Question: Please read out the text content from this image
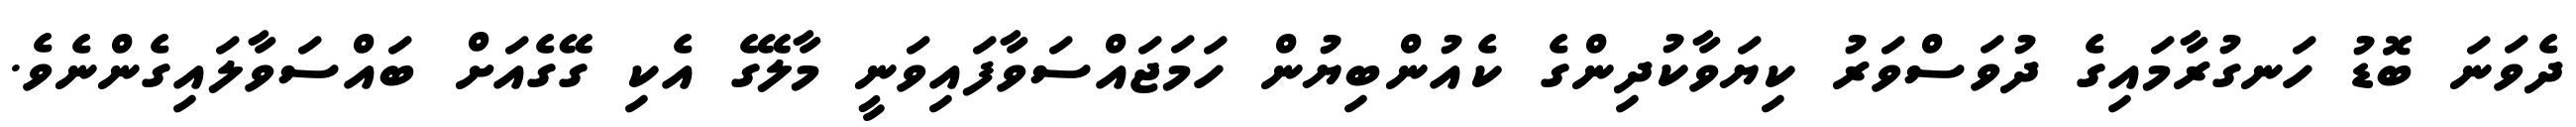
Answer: ދެވަނަ ބޮޑު ހަނގުރާމައިގެ ދުވަސްވަރު ކިޔަވާކުދިންގެ ކެއުންބިޔުން ހަމަޖައްސަވާފައިވަނީ މާލޭގެ އެކި ގޭގެއަށް ބައްސަވާލައިގެންނެވެ.